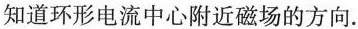
知道环形电流中心附近磁场的方向.